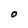
Character: O